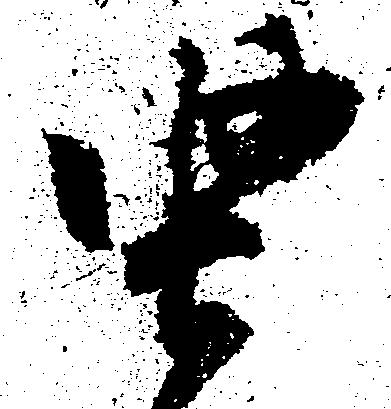
堅